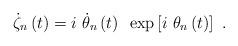
LaTeX: \begin{align*}\dot{\zeta}_{n}\left( t\right) =i~\dot{\theta}_{n}\left( t\right) ~\exp \left[ i~\theta _{n}\left( t\right) \right] ~.\end{align*}